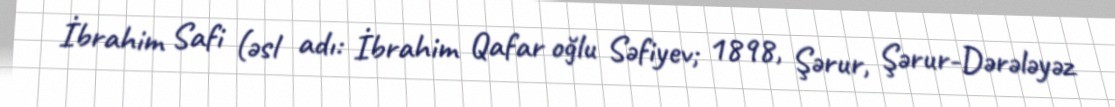
İbrahim Safi (əsl adı: İbrahim Qafar oğlu Səfiyev; 1898, Şərur, Şərur-Dərələyəz